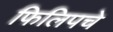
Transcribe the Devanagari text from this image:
फिलिपचे